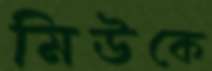
মিউকে